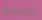
التحديق